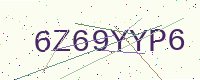
Text: 6Z69YYP6